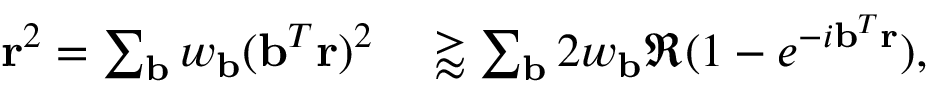
\begin{array} { r l } { \mathbf { r } ^ { 2 } = \sum _ { \mathbf { b } } w _ { \mathbf { b } } ( \mathbf { b } ^ { T } \mathbf { r } ) ^ { 2 } } & { { } \gtrapprox \sum _ { \mathbf { b } } 2 w _ { \mathbf { b } } \Re ( 1 - e ^ { - i \mathbf { b } ^ { T } \mathbf { r } } ) , } \end{array}